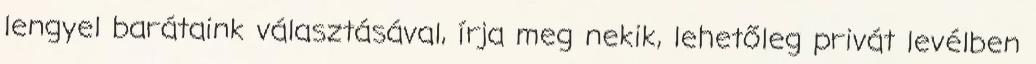
lengyel barátaink választásával, írja meg nekik, lehetőleg privát levélben